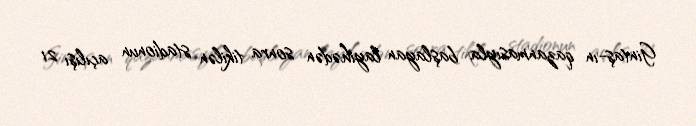
Gintaş-ın qazanmasıyla başlayan layihədən sonra tikilən stadionun açılışı 21